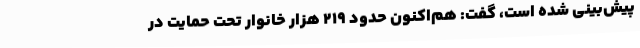
پیش‌بینی شده است، گفت: هم‌اکنون حدود 219 هزار خانوار تحت حمایت در